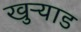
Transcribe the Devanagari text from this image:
खुऱ्याड